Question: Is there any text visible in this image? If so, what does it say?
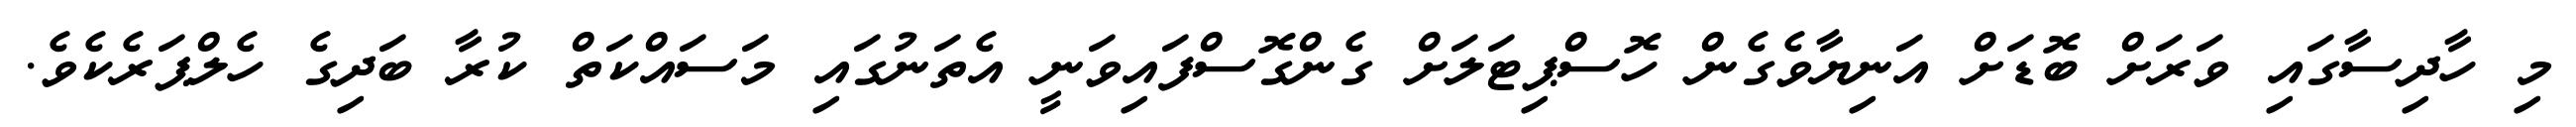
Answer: މި ހާދިސާގައި ވަރަށް ބޮޑަށް އަނިޔާވެގެން ހޮސްޕިޓަލަށް ގެންގޮސްފައިވަނީ އެތަނުގައި މަސައްކަތް ކުރާ ބަދިގެ ހެލްޕަރެކެވެ.